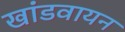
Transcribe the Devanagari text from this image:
खांडवायन